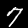
Digit: 7